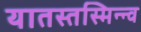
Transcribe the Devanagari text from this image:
यातस्तस्मिन्न्व